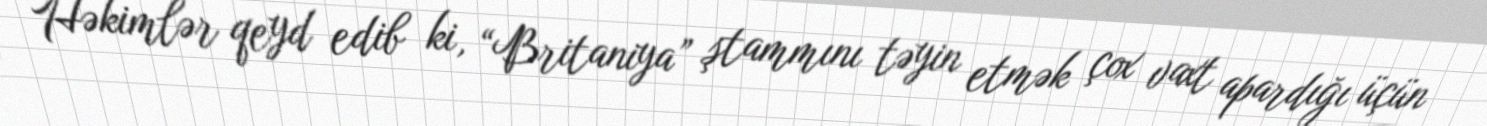
Həkimlər qeyd edib ki, “Britaniya” ştammını təyin etmək çox vaxt apardığı üçün